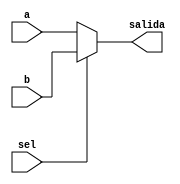
module mux (
    input a,b,sel,
    output salida
);
    assign salida = (sel==0) ? a : b;
endmodule

module muxEstructural (
    input a1,b1,sel1,
    output salida1
);
    mux u0(a1,b1,sel1,salida1);
    
endmodule